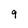
Character: 9